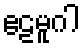
ဧဠမူဂါ